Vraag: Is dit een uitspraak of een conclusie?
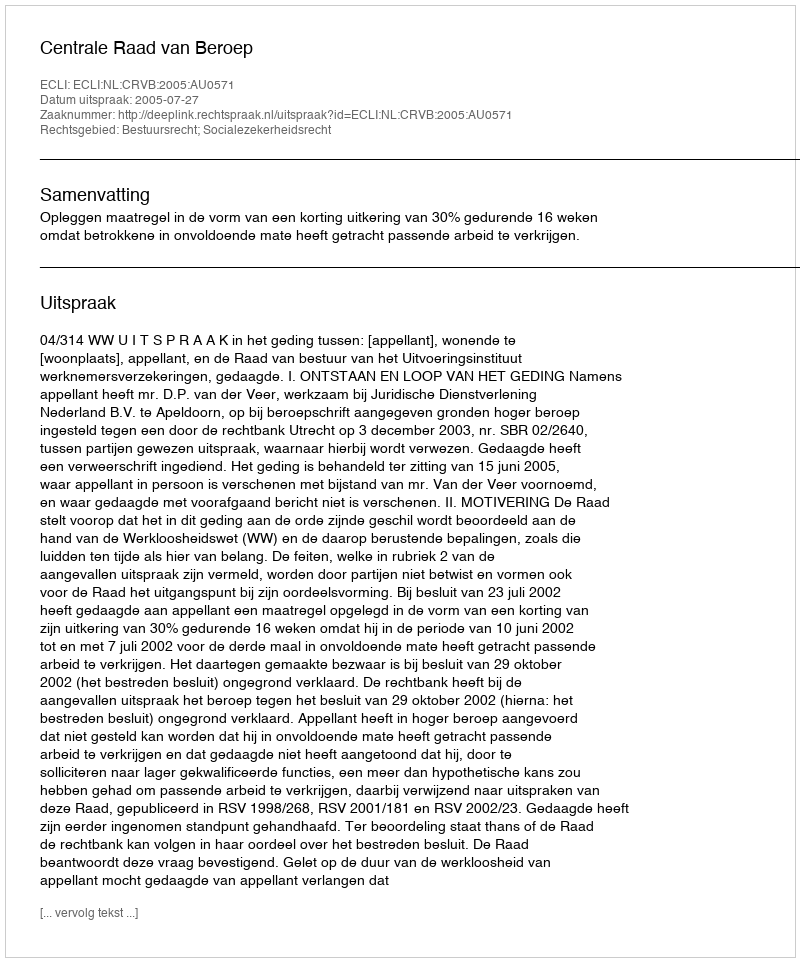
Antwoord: Uitspraak